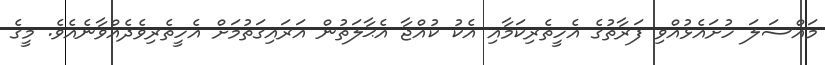
މައްސަލަ ހުށައެޅުއްވި ފަރާތުގެ އެހީތެރިކަމާއި އެކު ކުއްޖާ އެޙާލަތުން އަރައިގަތުމަށް އެހީތެރިވެދެއްވާނެއެވެ. މީގެ